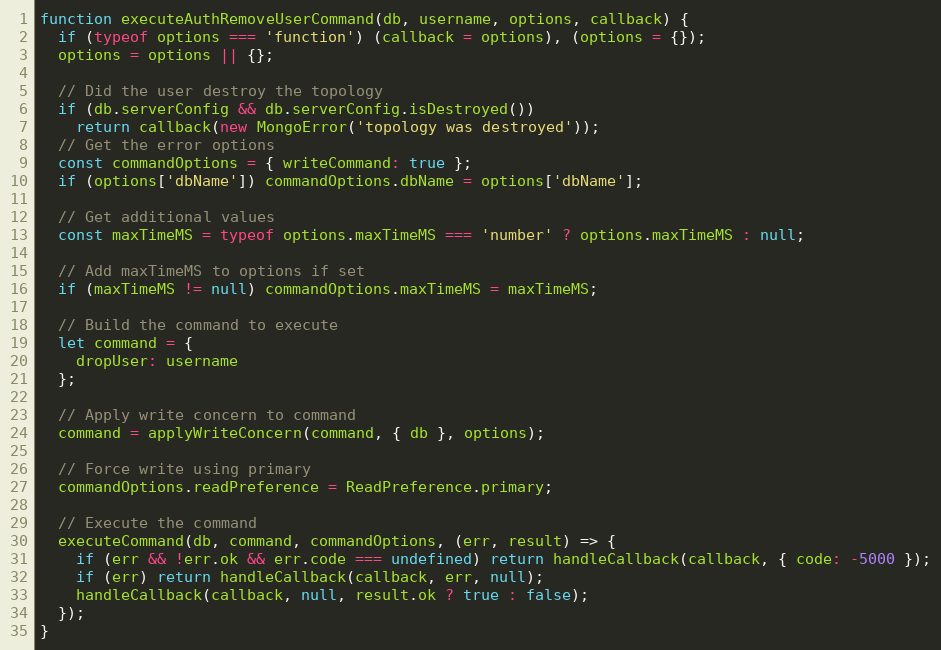
Language: JavaScript
function executeAuthRemoveUserCommand(db, username, options, callback) {
  if (typeof options === 'function') (callback = options), (options = {});
  options = options || {};

  // Did the user destroy the topology
  if (db.serverConfig && db.serverConfig.isDestroyed())
    return callback(new MongoError('topology was destroyed'));
  // Get the error options
  const commandOptions = { writeCommand: true };
  if (options['dbName']) commandOptions.dbName = options['dbName'];

  // Get additional values
  const maxTimeMS = typeof options.maxTimeMS === 'number' ? options.maxTimeMS : null;

  // Add maxTimeMS to options if set
  if (maxTimeMS != null) commandOptions.maxTimeMS = maxTimeMS;

  // Build the command to execute
  let command = {
    dropUser: username
  };

  // Apply write concern to command
  command = applyWriteConcern(command, { db }, options);

  // Force write using primary
  commandOptions.readPreference = ReadPreference.primary;

  // Execute the command
  executeCommand(db, command, commandOptions, (err, result) => {
    if (err && !err.ok && err.code === undefined) return handleCallback(callback, { code: -5000 });
    if (err) return handleCallback(callback, err, null);
    handleCallback(callback, null, result.ok ? true : false);
  });
}